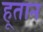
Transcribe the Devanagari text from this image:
हूतान